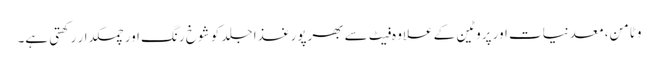
وٹامن، معدنیات اور پروٹین کے علاوہ فیٹ سے بھرپورغذا جلد کو شوخ رنگ اور چمکدار رکھتی ہے۔